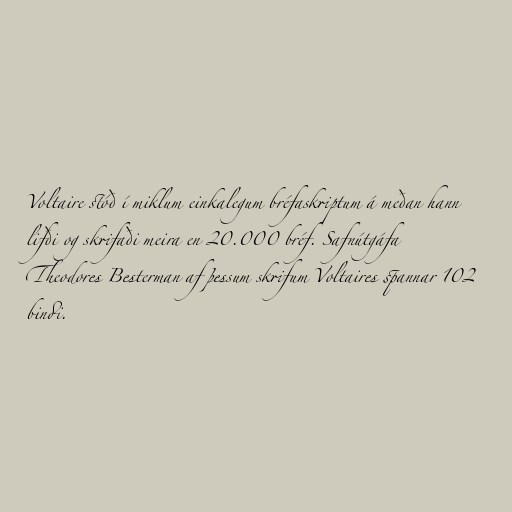
Voltaire stóð í miklum einkalegum bréfaskriptum á meðan hann
lifði og skrifaði meira en 20.000 bréf. Safnútgáfa
Theodores Besterman af þessum skrifum Voltaires spannar 102
bindi.